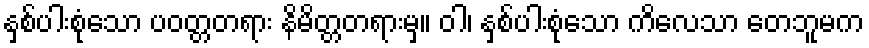
နှစ်ပါးစုံသော ပဝတ္တတရား နိမိတ္တတရားမှ။ ဝါ၊ နှစ်ပါးစုံသော ကိလေသာ တေဘူမက